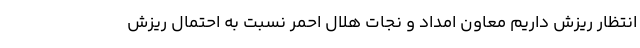
انتظار ریزش داریم معاون امداد و نجات هلال احمر نسبت به احتمال ریزش